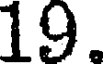
19.